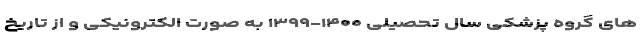
های گروه پزشکی سال تحصیلی ۱۴۰۰-۱۳۹۹ به صورت الکترونیکی و از تاریخ